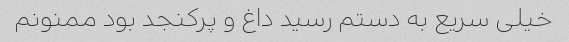
خیلی سریع به دستم رسید داغ و پرکنجد بود ممنونم